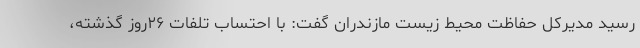
رسید مدیرکل حفاظت محیط زیست مازندران گفت: با احتساب تلفات ۲۶روز گذشته،